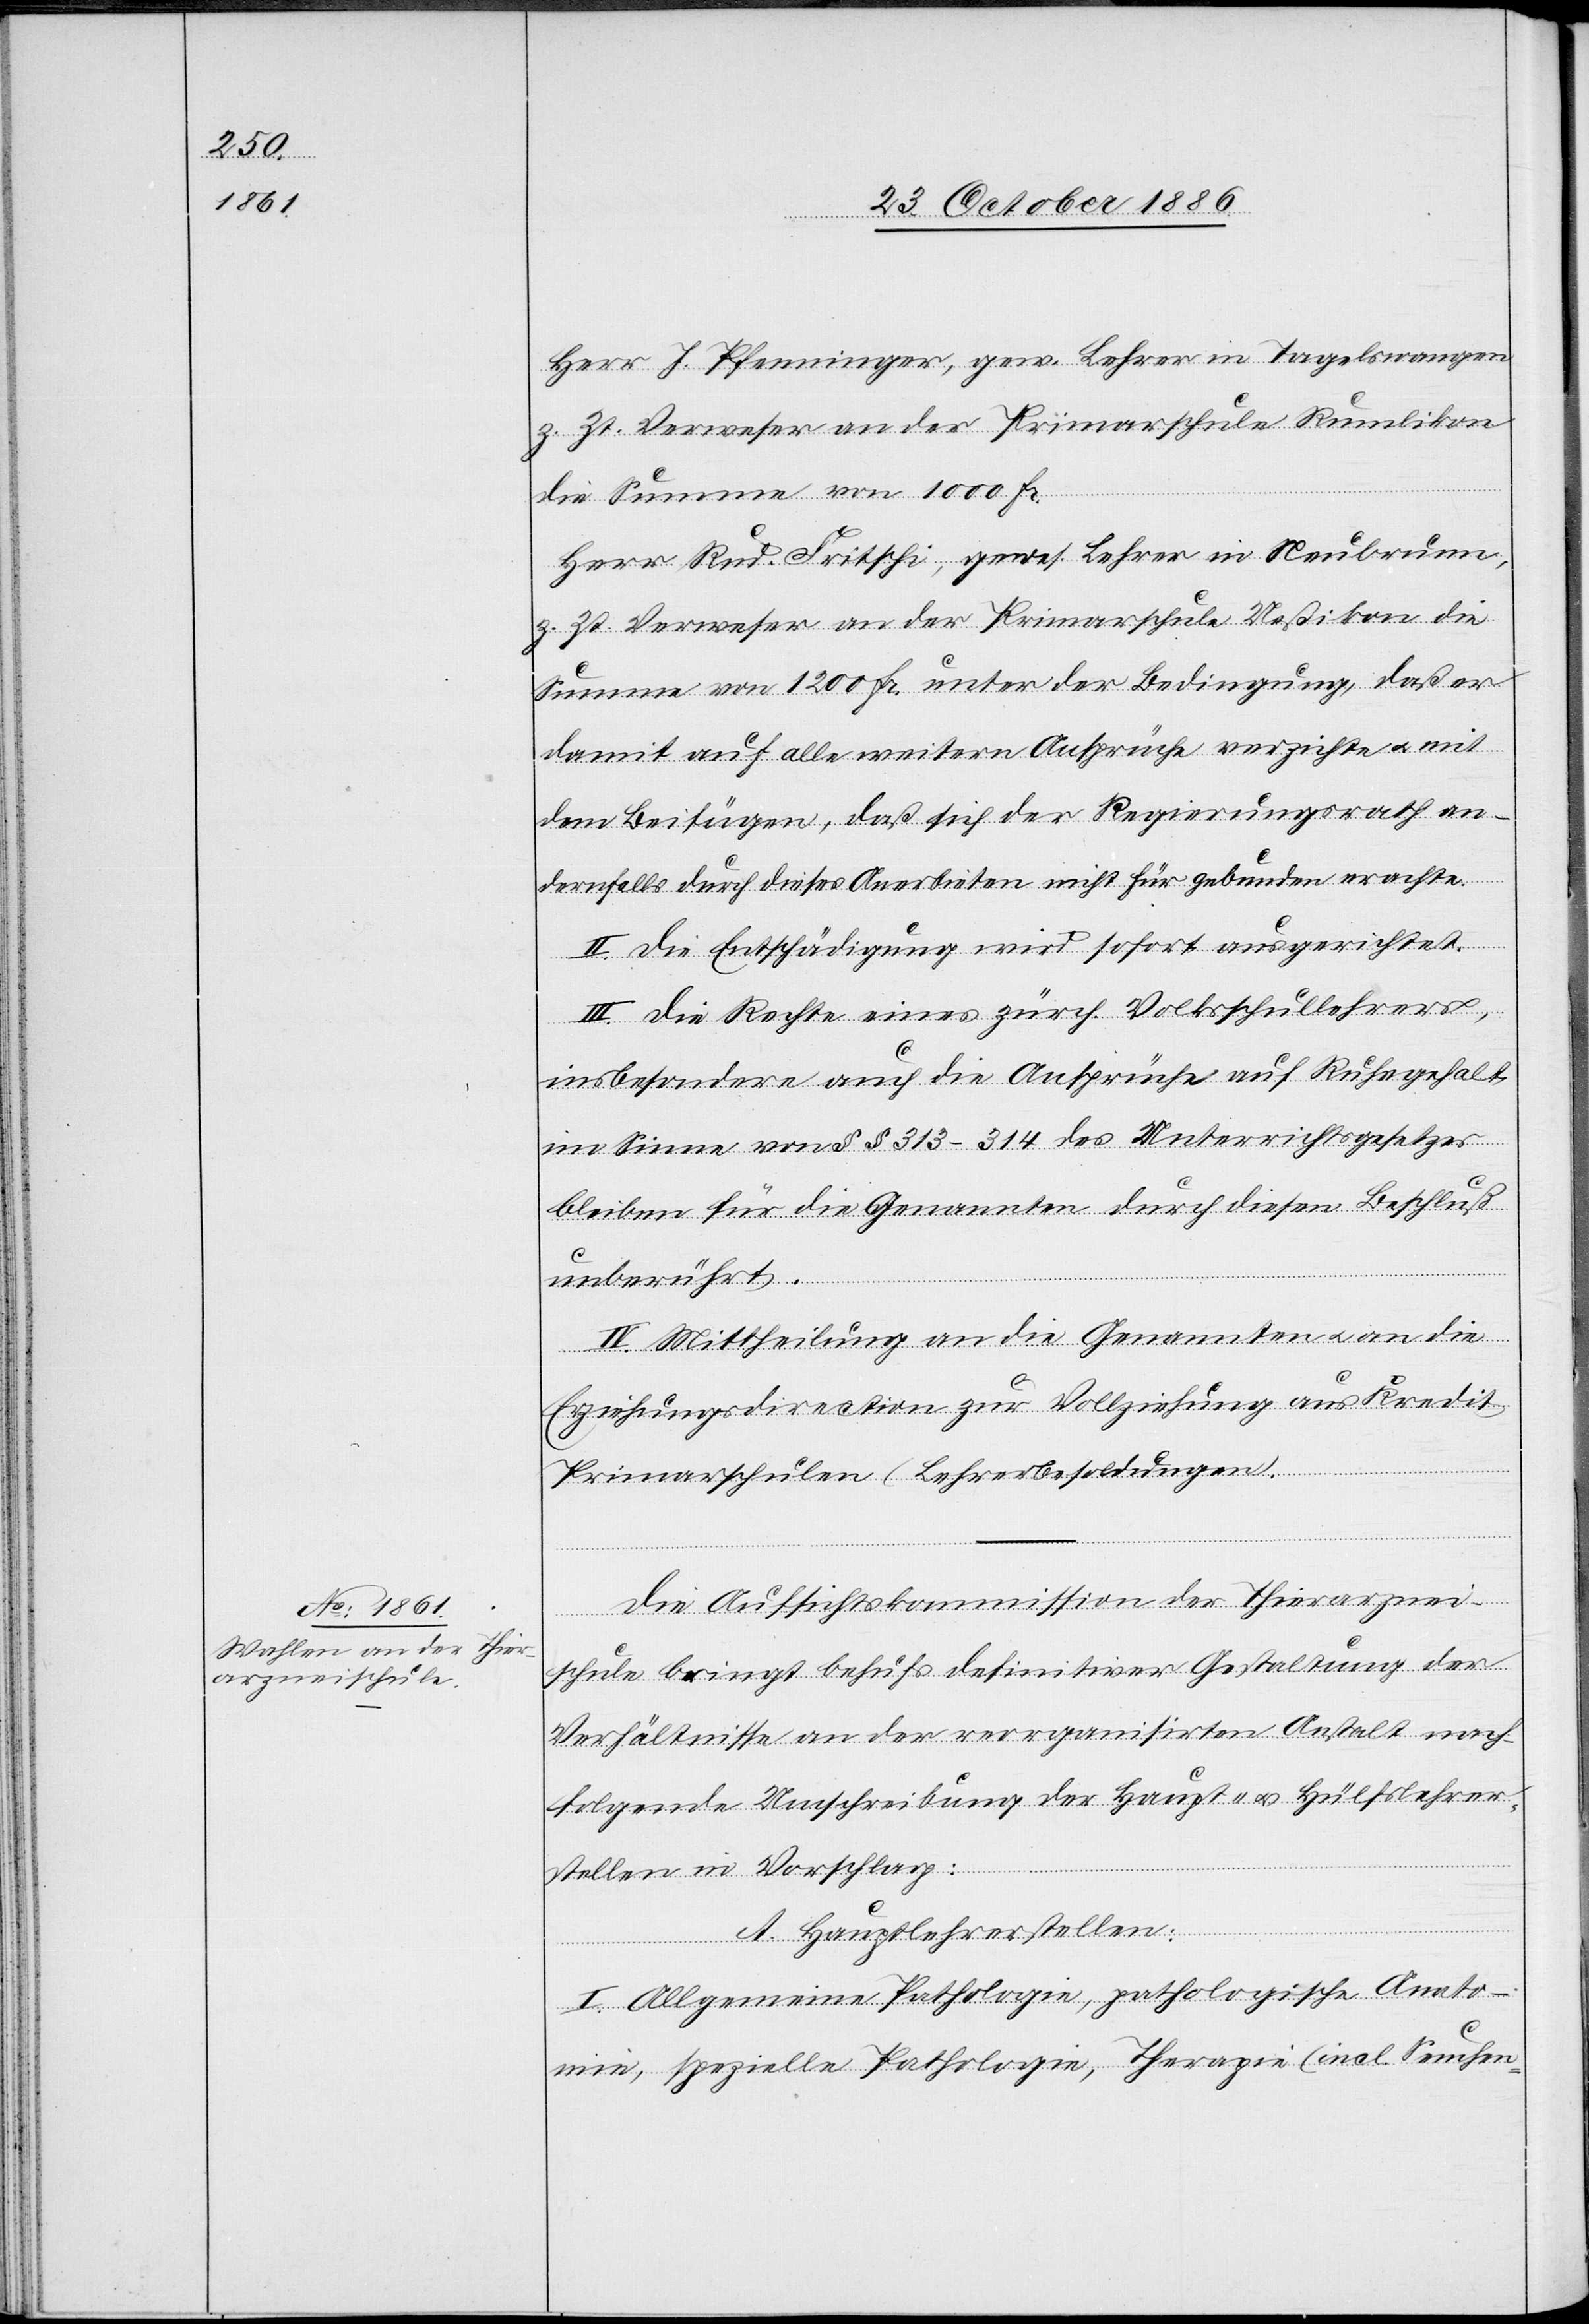
Herr J. Pfenninger, gew. Lehrer in Tagelswangen
z. Zt. Verweser an der Primarschule Rumlikon
die Summe von 1000 Fr.
Herr Rud. Fritschi, gewes. Lehrer in Neubrunn,
z. Zt. Verweser an der Primarschule Ueßikon die
Summe von 1200 Fr. unter der Bedingung, daß er
damit auf alle weitern Ansprüche verzichte & mit
dem Beifügen, daß sich der Regierungsrath an¬
dernfalls durch dieses Anerbieten nicht für gebunden erachte.
II. Die Entschädigung wird sofort ausgerichtet.
III. Die Rechte eines zürch. Volksschullehrers,
insbesondere auch die Ansprüche auf Ruhegehalt
im Sinne von §§ 313–314 des Unterrichtsgesetzes
bleiben für die Genannten durch diesen Beschluß
unberührt.
II. Mittheilung an die Genannten & an die
Erziehungsdirection zur Vollziehung aus Kredit
Primarschulen (Lehrerbesoldungen).
Die Aufsichtskommission der Thierarznei¬
schule bringt behufs definitiver Gestaltung der
Verhältnisse an der reorganisirten Anstalt nach¬
folgende Umschreibung der Haupt- & Hülfslehrer¬
stellen in Vorschlag:
A. Hauptlehrerstellen:
I. Allgemeine Pathologie, pathologische Anato¬
mie, spezielle Pathologie, Therapie (incl. Seuchen-